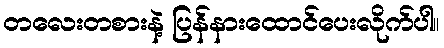
တလေးတစားနဲ့ ပြန်နားထောင်ပေးလိုက်ပါ။